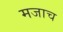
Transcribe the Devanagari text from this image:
मजाच